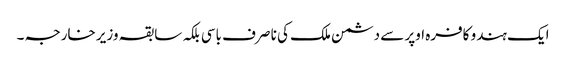
ایک ہندو کافرہ اوپر سے دشمن ملک کی نا صرف باسی بلکہ سابقہ وزیر خارجہ ۔